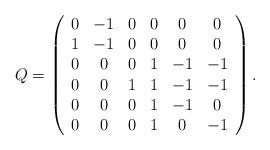
LaTeX: \begin{align*}Q=\left(\begin{array}{ccccccr}0&-1&0&0&0&0 \\1&-1&0&0&0&0 \\0&0&0&1&-1&-1 \\0&0&1&1&-1&-1 \\0&0&0&1&-1&0 \\0&0&0&1&0&-1\end{array}\right) .\end{align*}